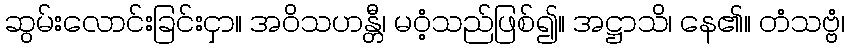
ဆွမ်းလောင်းခြင်းငှာ။ အဝိသဟန္တီ၊ မဝံ့သည်ဖြစ်၍။ အဋ္ဌာသိ၊ နေ၏။ တံသဗ္ဗံ၊